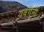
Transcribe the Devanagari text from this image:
यवगेनी